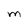
Character: M